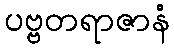
ပဗ္ဗတရာဇာနံ